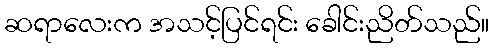
ဆရာလေးက အသင့်ပြင်ရင်း ခေါင်းညိတ်သည်။